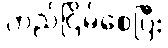
တည်ငြိမ်စေပြီး